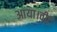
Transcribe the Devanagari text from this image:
आया।वीट